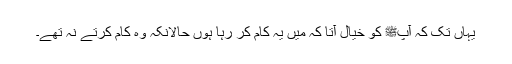
یہاں تک کہ آپﷺ کو خیال آتا کہ میں یہ کام کر رہا ہوں حالانکہ وہ کام کرتے نہ تھے۔